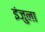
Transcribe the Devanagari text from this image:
इंजुना